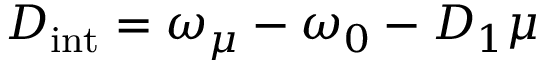
D _ { \mathrm { i n t } } = \omega _ { \mu } - \omega _ { 0 } - D _ { 1 } \mu